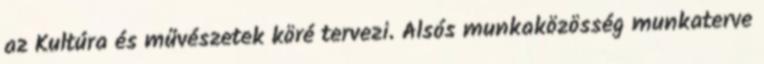
az Kultúra és művészetek köré tervezi. Alsós munkaközösség munkaterve